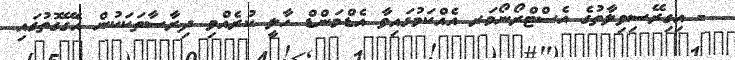
- އިގިރޭސިވިލާތުގެ އެސްޓްރޯނޯމަރ އެއްކަމުގައިވާ އެޑްމަންޑް ހާލީ ކުރެއްވި ދިރާސާތަކަކުން އެގޭގޮތުގައި